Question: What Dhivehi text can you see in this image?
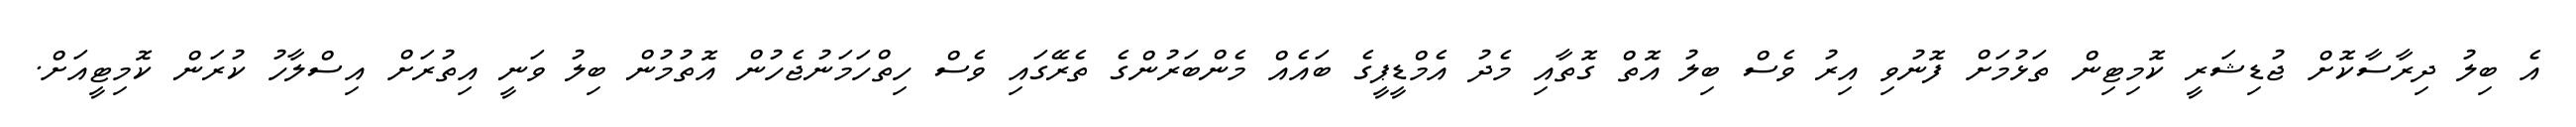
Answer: އެ ބިލު ދިރާސާކޮށް ޖުޑިޝަރީ ކޮމިޓިން ތަޅުމަށް ފޮނުވި އިރު ވެސް ބިލު އޮތް ގޮތާއި މެދު އެމްޑީޕީގެ ބައެއް މެންބަރުންގެ ތެރޭގައި ވެސް ހިތްހަމަނުޖެހުން އޮތުމުން ބިލު ވަނީ އިތުރަށް އިސްލާހު ކުރަން ކޮމިޓީއަށް.